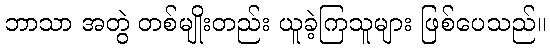
ဘာသာ အတွဲ တစ်မျိုးတည်း ယူခဲ့ကြသူများ ဖြစ်ပေသည်။